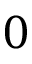
0